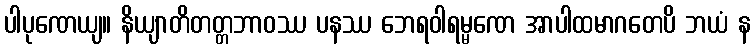
ပါပုဏေယျ။ နိယျာတိတတ္တဘာဝဿ ပနဿ ဘေရဝါရမ္မဏေ အာပါထမာဂတေပိ ဘယံ န